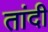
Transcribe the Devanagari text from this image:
तांदी